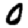
Digit: 0